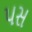
પસ